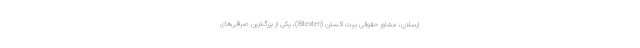
ارسلان، مشاور حقوقی بیت اِکستن (Bitexten)، یکی از بزرگ‌ترین صرافی‌های